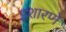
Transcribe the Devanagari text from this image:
इशारणे